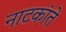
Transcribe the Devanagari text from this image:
नाटकांते